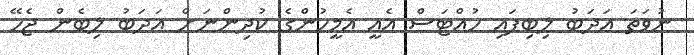
ނުވަތަ އަދަބު ލިބިފައި ހުއްޓަސް އެއީ އެމީހުންގެ ކުދިންނަށް އަދަބު ލިބެން ޖެހޭ